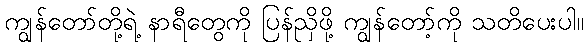
ကျွန်တော်တို့ရဲ့ နာရီတွေကို ပြန်ညှိဖို့ ကျွန်တော့်ကို သတိပေးပါ။